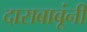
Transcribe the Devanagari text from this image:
दासबाबूंनी